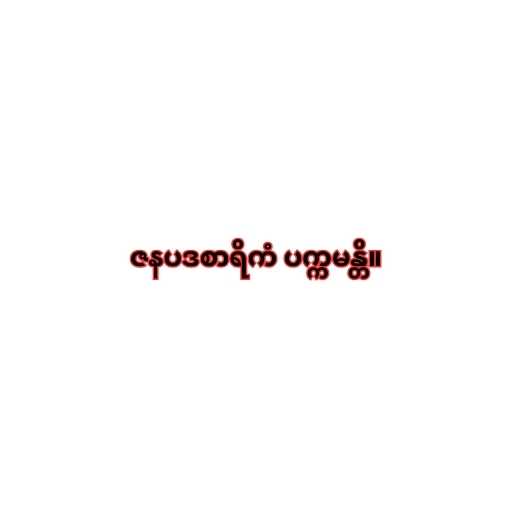
ဇနပဒစာရိကံ ပက္ကမန္တိ။